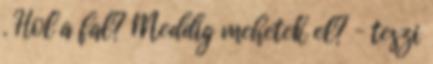
. Hol a fal? Meddig mehetek el? – teszi